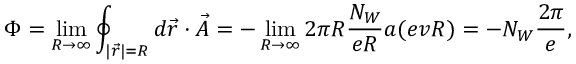
\Phi = \operatorname * { l i m } _ { R \rightarrow \infty } \oint _ { | \vec { r } | = R } d \vec { r } \cdot \vec { A } = - \operatorname * { l i m } _ { R \rightarrow \infty } 2 \pi R \frac { N _ { W } } { e R } a ( e v R ) = - N _ { W } \frac { 2 \pi } { e } ,